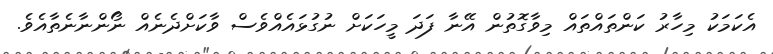
އެކަމަކު މިހާރު ކަންތައްތައް މިވާގޮތުން އޭނާ ފަދަ މީހަކަށް ނުގުޅައެއްވެސް ވާކަށްދެނެއް ނޯންނާނެތާއެވެ.